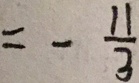
= - \frac { 1 1 } { 3 }